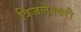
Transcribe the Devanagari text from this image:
त्रिजलेश्वरी